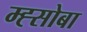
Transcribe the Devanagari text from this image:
म्ह्सोबा